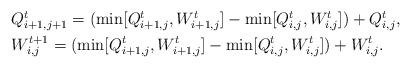
LaTeX: \begin{align*}\begin{aligned}&Q_{i+1,j+1}^t=(\min[Q_{i+1,j}^t,W_{i+1,j}^t]-\min[Q_{i,j}^t,W_{i,j}^t])+Q_{i,j}^t,\\&W_{i,j}^{t+1}=(\min[Q_{i+1,j}^t,W_{i+1,j}^t]-\min[Q_{i,j}^t,W_{i,j}^t])+W_{i,j}^t.\end{aligned}\end{align*}